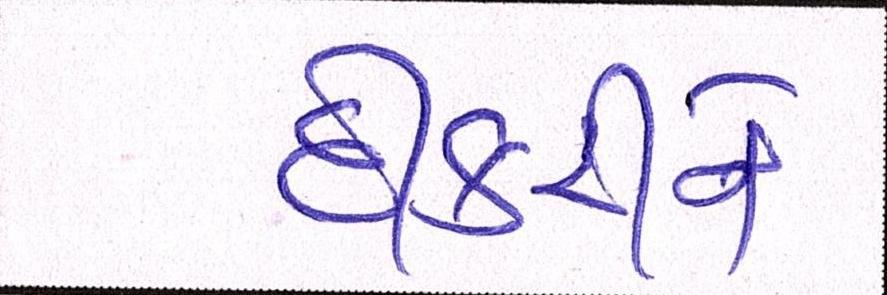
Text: દીકરીને